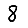
Digit: 8